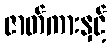
ဇာတ်ကားနှင့်